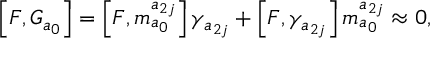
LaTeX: \left[ F , G _ { a _ { 0 } } \right] = \left[ F , m _ { a _ { 0 } } ^ { a _ { 2 j } } \right] \gamma _ { a _ { 2 j } } + \left[ F , \gamma _ { a _ { 2 j } } \right] m _ { a _ { 0 } } ^ { a _ { 2 j } } \approx 0 ,